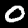
Label: 0